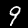
Digit: 9